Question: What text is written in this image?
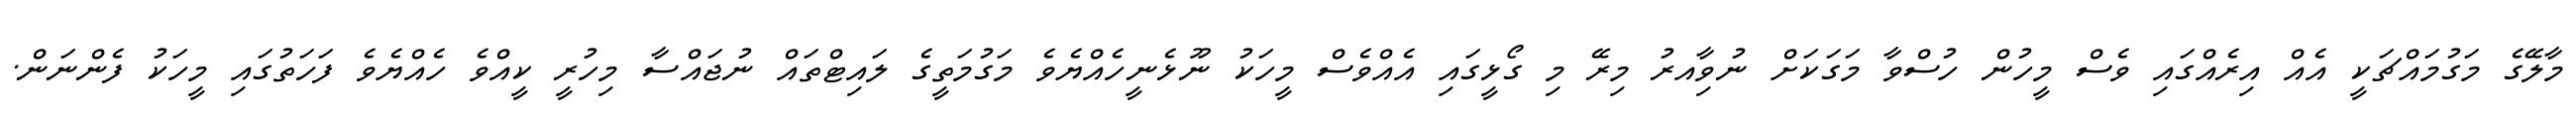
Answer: މާލޭގެ މަގުމައްޗަކީ އެއް އިރެއްގައި ވެސް މީހުން ހުސްވާ މަގަކަށް ނުވާިއރު މިރޭ މި ގޯޅީގައި އެއްވެސް މީހަކު ނޫޅެނީހެއްޔެވެ މަގުމަތީގެ ލައިޓްތައް ނުޖައްސާ މިހުރީ ކީއްވެ ހެއްޔެވެ ފަހަތުގައި މީހަކު ފެންނަން.